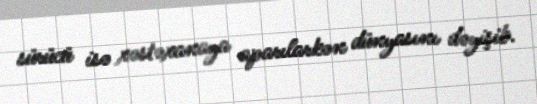
sürücü isə xəstəxanaya aparılarkən dünyasını dəyişib.